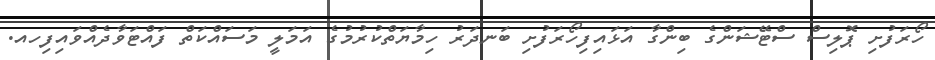
ހޯރަފުށި ޕޮލިސް ސްޓޭޝަންގެ ބިންގާ އަޅައިފިހޯރަފުށި ބަނދަރު ހިމާޔަތްކުރުމުގެ އަމަލީ މަސައްކަތް ފައްޓަވާދެއްވައިފިހއ.